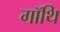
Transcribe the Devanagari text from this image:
गॉथि